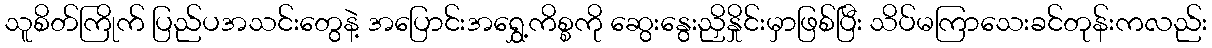
သူစိတ်ကြိုက် ပြည်ပအသင်းတွေနဲ့ အပြောင်းအရွှေ့ကိစ္စကို ဆွေးနွေးညှိနှိုင်းမှာဖြစ်ပြီး သိပ်မကြာသေးခင်တုန်းကလည်း